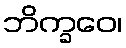
ဘိက္ခဝေ၊